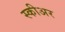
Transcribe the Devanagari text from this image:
स्कीअर